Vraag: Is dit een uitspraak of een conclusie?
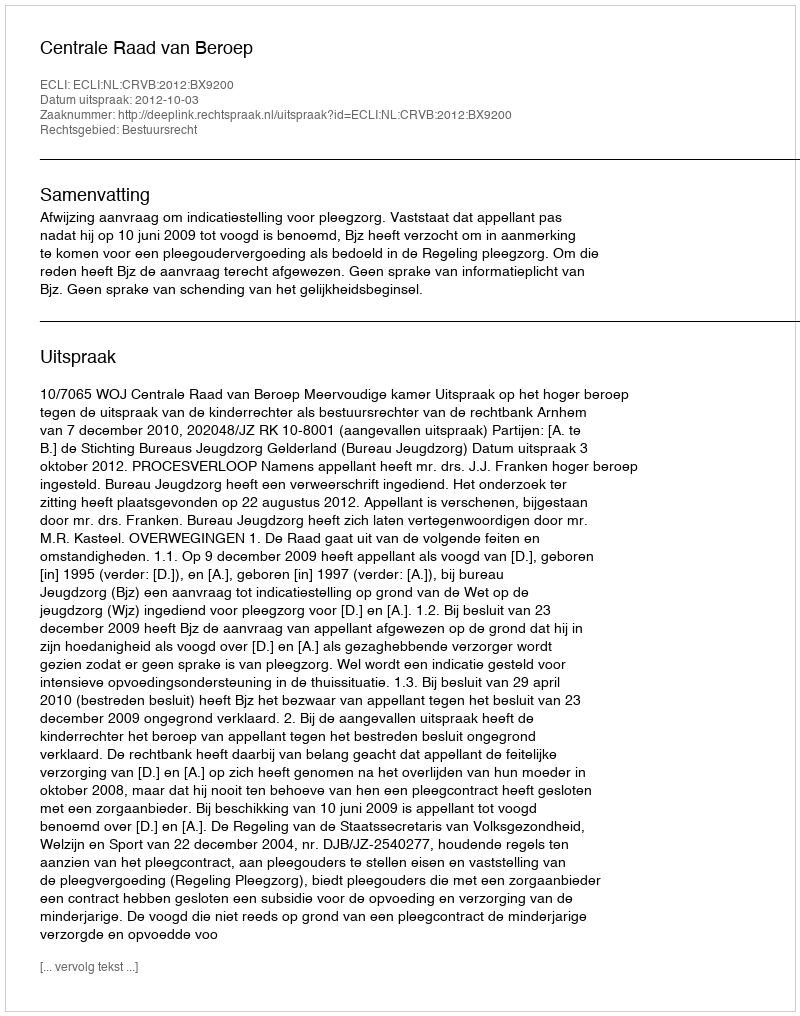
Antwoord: Uitspraak